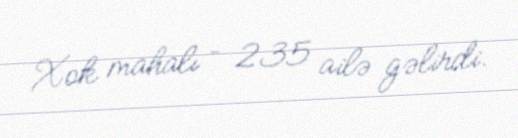
Xok mahalı – 235 ailə gəlirdi.